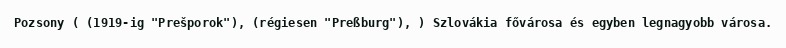
Pozsony ( (1919-ig "Prešporok"), (régiesen "Preßburg"), ) Szlovákia fővárosa és egyben legnagyobb városa.